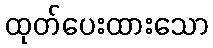
ထုတ်ပေးထားသော